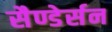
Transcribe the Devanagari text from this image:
सैण्डेर्सन